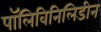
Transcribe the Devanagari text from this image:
पॉलिविनिलिडीन